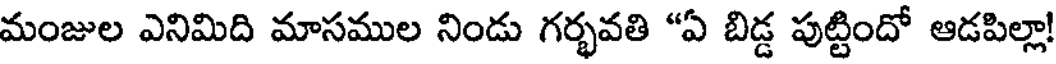
మంజుల ఎనిమిది మాసముల నిండు గర్భవతి "ఏ బిడ్డ పుట్టిందో ఆడపిల్లా!